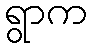
ရွာက